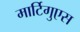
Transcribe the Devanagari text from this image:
मार्टिगुएस